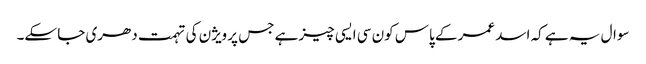
سوال یہ ہے کہ اسد عمر کے پاس کون سی ایسی چیز ہے جس پر ویژن کی تہمت دھری جا سکے۔